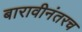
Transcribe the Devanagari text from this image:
बारावीनंतरच